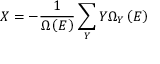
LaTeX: X = - { \frac { 1 } { \Omega \left( E \right) } } \sum _ { Y } Y \Omega _ { Y } \left( E \right)